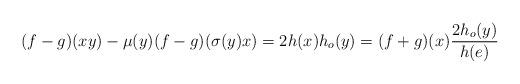
LaTeX: \begin{align*} (f-g)(xy)-\mu(y)(f-g)(\sigma(y)x)=2h(x){h_o(y)}=(f+g)(x)\frac{2h_o(y)}{h(e)}\end{align*}